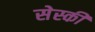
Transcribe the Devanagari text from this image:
सेस्की